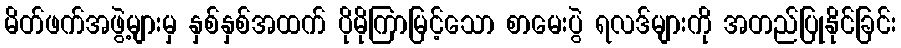
မိတ်ဖက်အဖွဲ့များမှ နှစ်နှစ်အထက် ပိုမိုကြာမြင့်သော စာမေးပွဲ ရလဒ်များကို အတည်ပြုနိုင်ခြင်း